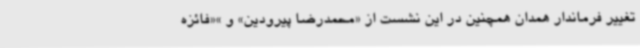
تغییر فرماندار همدان همچنین در این نشست از «محمدرضا پیرودین» و »«فائزه